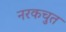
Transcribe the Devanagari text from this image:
नरकचुत